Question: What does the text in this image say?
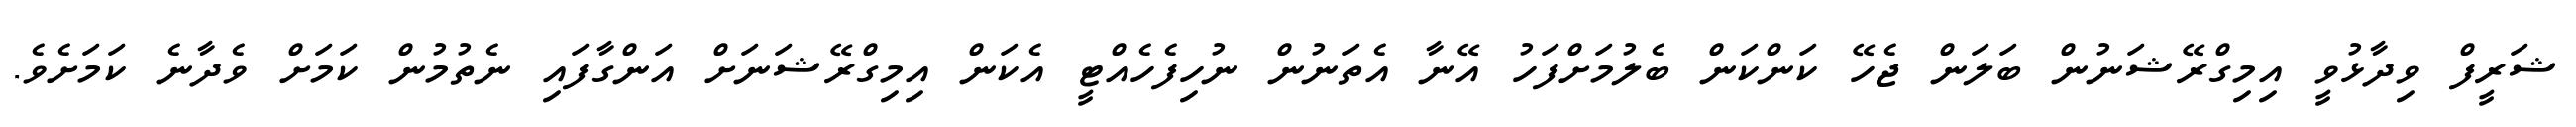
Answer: ޝަރީފް ވިދާޅުވީ އިމިގްރޭޝަނުން ބަލަން ޖެހޭ ކަންކަން ބެލުމަށްފަހު އޭނާ އެތަނުން ނުހިފެހެއްޓީ އެކަން އިމިގްރޭޝަނަށް އަންގާފައި ނެތުމުން ކަމަށް ވެދާނެ ކަމަށެވެ.